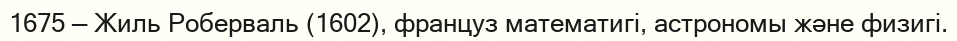
1675 — Жиль Роберваль (1602), француз математигі, астрономы және физигі.